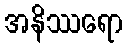
အနိဿရော